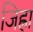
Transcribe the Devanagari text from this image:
जिह्रा